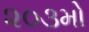
૨૦૩મો